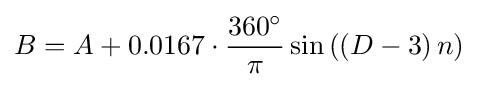
B=A+0.0167\cdot {\frac {360^{\circ }}{\pi }}\sin \left(\left(D-3\right)n\right)